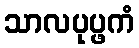
သာလပုပ္ဖကံ